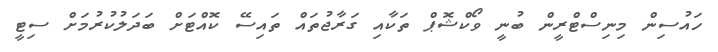
ހައުސިން މިނިސްޓްރީން ބުނީ ވޯކްޝޮޕް ތަކާއި ގަރާޖުތައް ތައިސޭ ކޮއްޓަށް ބަދަލުކުރުމަށް ސިޓީ